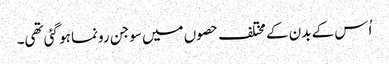
اُس کے بدن کے مختلف حصوں میں سوجن رونما ہو گئی تھی۔